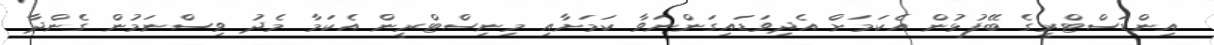
އިންޑަސްޓްރީގެ ބޭފުޅުން އެކަމަށް އެދިވަޑައިގަންނަވާ ކަމަށާއި މިނިސްޓްރީން އެކަމާ މެދު ވިސްނަމުން ގެންދާ